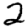
Digit: 2